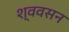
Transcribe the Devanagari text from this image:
श्ववसन